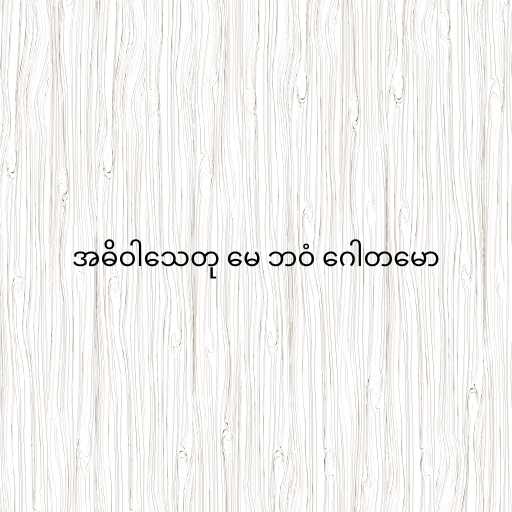
အဓိဝါသေတု မေ ဘဝံ ဂေါတမော